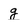
Character: g